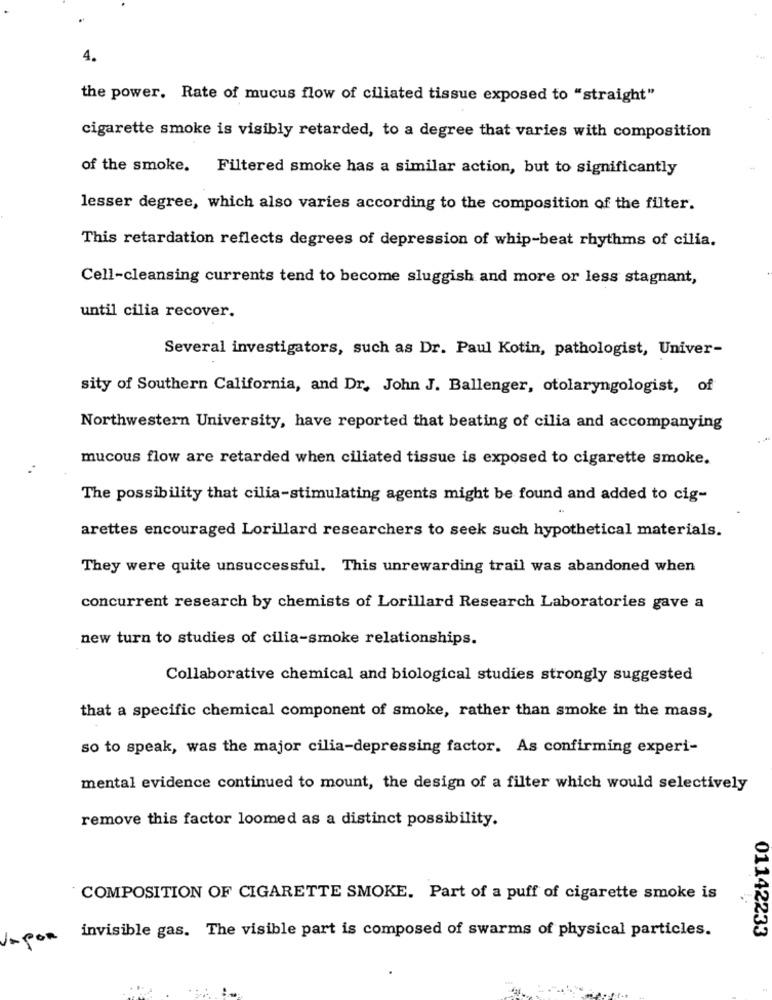
4.
the power. Rate of mucus flow of ciliated tissue exposed to "straight"
cigarette smoke is visibly retarded, to a degree that varies with composition
of the smoke. Filtered smoke has a similar action, but to significantly
lesser degree, which also varies according to the composition of the filter.
This retardation reflects degrees of depression of whip-beat rhythms of cilia.
Cell-cleansing currents tend to become sluggish and more or less stagnant,
until cilia recover.
Several investigators, such as Dr. Paul Kotin, pathologist, Univer-
sity of Southern California, and Dr. John J. Ballenger, otolaryngologist, of
Northwestern University, have reported that beating of cilia and accompanying
mucous flow are retarded when ciliated tissue is exposed to cigarette smoke.
The possibility that cilia-stimulating agents might be found and added to cig-
arettes encouraged Lorillard researchers to seek such hypothetical materials.
They were quite unsuccessful. This unrewarding trail was abandoned when
concurrent research by chemists of Lorillard Research Laboratories gave a
new turn to studies of cilia-smoke relationships.
Collaborative chemical and biological studies strongly suggested
that a specific chemical component of smoke, rather than smoke in the mass,
so to speak, was the major cilia-depressing factor. As confirming experi-
mental evidence continued to mount, the design of a filter which would selectively
remove this factor loomed as a distinct possibility.
COMPOSITION OF CIGARETTE SMOKE. Part of a puff of cigarette smoke is
Japon invisible gas. The visible part is composed of swarms of physical particles.
01142233
€1